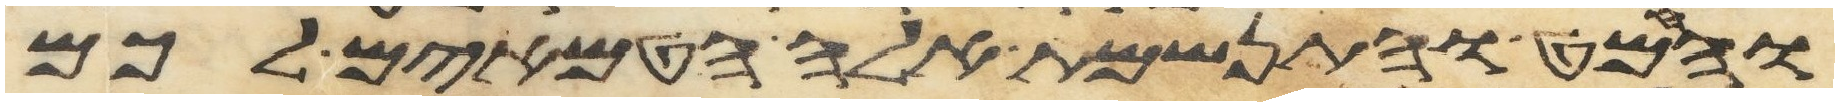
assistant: והמט והתנשמת אלה הטמאים לכם